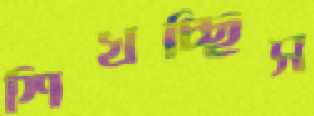
শিখচ্ছিস